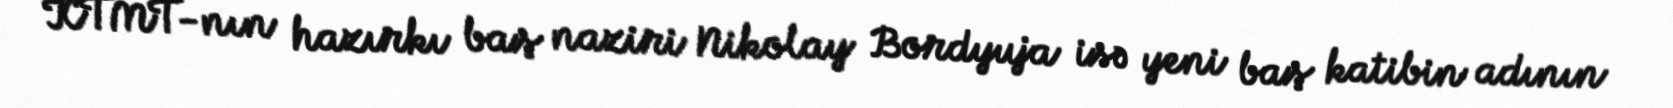
KTMT-nın hazırkı baş naziri Nikolay Bordyuja isə yeni baş katibin adının